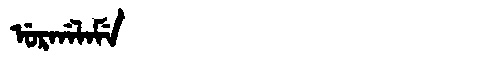
Manchu: ᡠᡵᡤᠠᠯᠠᠮᡝ
Romanization: URGALAME